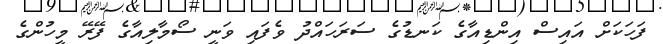
ފަހަކަށް އައިސް އިންޑިއާގެ ކަނޑުގެ ސަރަހައްދު ވެފައި ވަނީ ސޯމާލިއާގެ ފޭރޭ މީހުންގެ